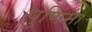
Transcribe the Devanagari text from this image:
पुणिमा